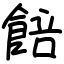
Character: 餢